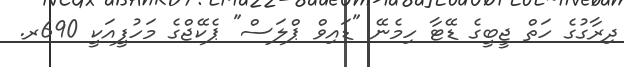
ދިރާގުގެ ހަތް ޖީބީގެ ޑޭޓާ ހިމެނޭ "ޑައިވް ޕްލަސް" ޕެކޭޖްގެ މަހުފީއަކީ 690ރ.